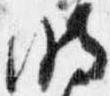
明